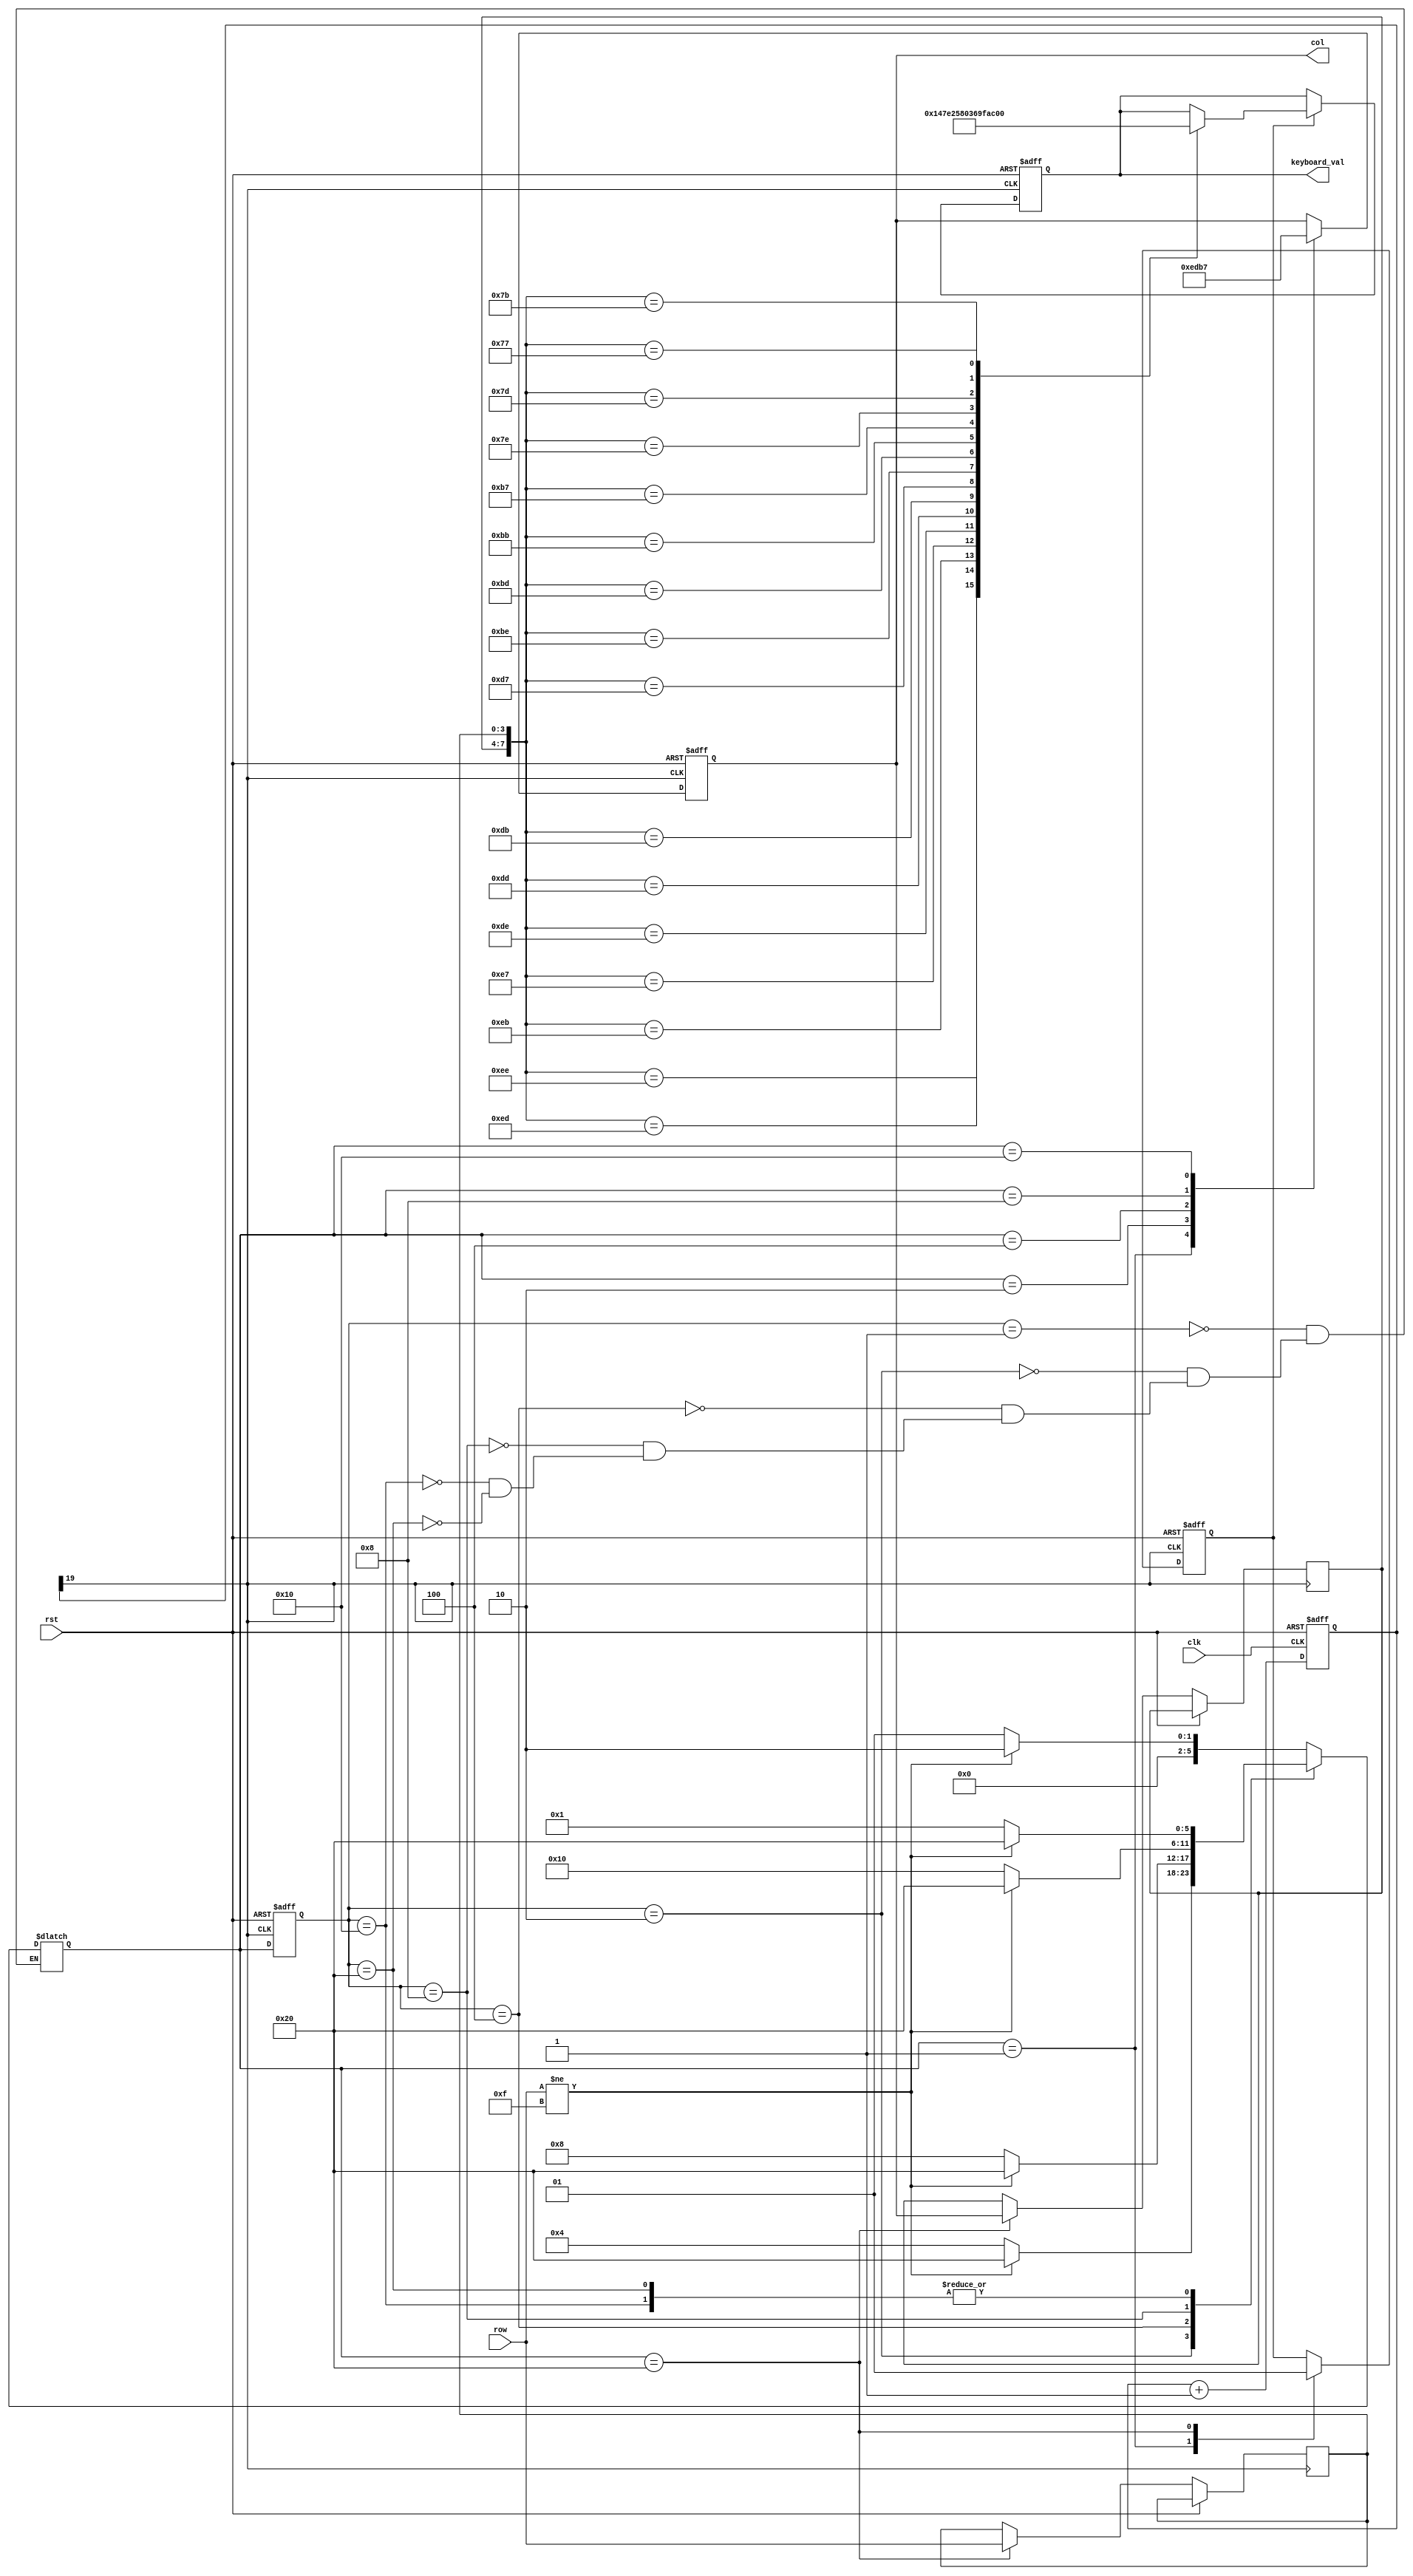
module key_top(
  input           clk,
  input           rst,
  input      [3:0] row,                 // ������? ��
  output reg [3:0] col,                 // ������? ��
  output reg [3:0] keyboard_val
);
 
//++++++++++++++++++++++++++++++++++++++
// ��Ƶ���� ��ʼ
//++++++++++++++++++++++++++++++++++++++
reg [19:0] cnt;                         // ������
wire key_clk;
 
always @ (posedge clk or posedge rst)
  if (rst)
    cnt <= 0;
  else
    cnt <= cnt + 1'b1;
    
assign key_clk = cnt[19];                // (2^20/50M = 21)ms 
//--------------------------------------
// ��Ƶ���� ����
//--------------------------------------
 
//++++++++++++++++++++++++++++++++++++++
// ״̬������ ��ʼ
//++++++++++++++++++++++++++++++++++++++
// ״̬�����٣���������?
parameter NO_KEY_PRESSED = 6'b000_001;  // û�а�������  
parameter SCAN_COL0      = 6'b000_010;  // ɨ��?0�� 
parameter SCAN_COL1      = 6'b000_100;  // ɨ��?1�� 
parameter SCAN_COL2      = 6'b001_000;  // ɨ��?2�� 
parameter SCAN_COL3      = 6'b010_000;  // ɨ��?3�� 
parameter KEY_PRESSED    = 6'b100_000;  // �а�������

reg [5:0] current_state, next_state;    // ��̬����̬
 
always @ (posedge key_clk or posedge rst)
  if (rst)
    current_state <= NO_KEY_PRESSED;
  else
    current_state <= next_state;
 
// ��������ת��״̬
always @ (*)
  case (current_state)
    NO_KEY_PRESSED :                    // û�а�������
        if (row != 4'hF)
          next_state = SCAN_COL0;
        else
          next_state = NO_KEY_PRESSED;
    SCAN_COL0 :                         // ɨ��?0�� 
        if (row != 4'hF)
          next_state = KEY_PRESSED;
        else
          next_state = SCAN_COL1;
    SCAN_COL1 :                         // ɨ��?1�� 
        if (row != 4'hF)
          next_state = KEY_PRESSED;
        else
          next_state = SCAN_COL2;    
    SCAN_COL2 :                         // ɨ��?2��
        if (row != 4'hF)
          next_state = KEY_PRESSED;
        else
          next_state = SCAN_COL3;
    SCAN_COL3 :                         // ɨ��?3��
        if (row != 4'hF)
          next_state = KEY_PRESSED;
        else
          next_state = NO_KEY_PRESSED;
    KEY_PRESSED :                       // �а�������
        if (row != 4'hF)
          next_state = KEY_PRESSED;
        else
          next_state = NO_KEY_PRESSED;                      
  endcase
 
reg       key_pressed_flag;             // ���̰��±�־
reg [3:0] col_val, row_val;             // ��ֵ����ֵ
 
// ���ݴ�̬������Ӧ�Ĵ�����ֵ
always @ (posedge key_clk or posedge rst)
  if (rst)
  begin
    col              <= 4'h0;
    key_pressed_flag <=    0;
  end
  else
    case (next_state)
      NO_KEY_PRESSED :                  // û�а�������
      begin
        col              <= 4'h0;
        key_pressed_flag <=    0;       // ����̰��±�?
      end
      SCAN_COL0 :                       // ɨ��?0��
        col <= 4'b1110;
      SCAN_COL1 :                       // ɨ��?1��
        col <= 4'b1101;
      SCAN_COL2 :                       // ɨ��?2��
        col <= 4'b1011;
      SCAN_COL3 :                       // ɨ��?3��
        col <= 4'b0111;
      KEY_PRESSED :                     // �а�������
      begin
        col_val          <= col;        // ������ֵ
        row_val          <= row;        // ������ֵ
        key_pressed_flag <= 1;          // �ü��̰��±�־  
      end
    endcase
//--------------------------------------
// ״̬������ ����
//--------------------------------------
 
 
//++++++++++++++++++++++++++++++++++++++
// ɨ������ֵ���� ��ʼ
//++++++++++++++++++++++++++++++++++++++
reg [3:0] keyboard_val;
always @ (posedge key_clk or posedge rst)
  if (rst)
    keyboard_val <= 4'h0;
  else
    if (key_pressed_flag)
      case ({col_val, row_val})
        8'b1110_1110 : keyboard_val <= 4'h1;
        8'b1110_1101 : keyboard_val <= 4'h4;
        8'b1110_1011 : keyboard_val <= 4'h7;
        8'b1110_0111 : keyboard_val <= 4'hE;
         
        8'b1101_1110 : keyboard_val <= 4'h2;
        8'b1101_1101 : keyboard_val <= 4'h5;
        8'b1101_1011 : keyboard_val <= 4'h8;
        8'b1101_0111 : keyboard_val <= 4'h0;
         
        8'b1011_1110 : keyboard_val <= 4'h3;
        8'b1011_1101 : keyboard_val <= 4'h6;
        8'b1011_1011 : keyboard_val <= 4'h9;
        8'b1011_0111 : keyboard_val <= 4'hF;
         
        8'b0111_1110 : keyboard_val <= 4'hA; 
        8'b0111_1101 : keyboard_val <= 4'hB;
        8'b0111_1011 : keyboard_val <= 4'hC;
        8'b0111_0111 : keyboard_val <= 4'hD;        
      endcase
//--------------------------------------
//  ɨ������ֵ���� ����
//--------------------------------------

//--------------------------------------
//  �����������?
//--------------------------------------
// assign seg_an = ~8'b11111111;
// always @ (keyboard_val)
//      begin 
//      case (keyboard_val)
//          4'h0: seg_out = 8'b01000000; // 0
//          4'h1: seg_out = 8'b01111001; // 1
//          4'h2: seg_out = 8'b00100100; // 2
//          4'h3: seg_out = 8'b00110000; // 3
//          4'h4: seg_out = 8'b00011001; // 4
//          4'h5: seg_out = 8'b00010010; // 5
//          4'h6: seg_out = 8'b00000010; // 6
//          4'h7: seg_out = 8'b01111000; // 7
//          4'h8: seg_out = 8'b00000000; // 8
//          4'h9: seg_out = 8'b00010000; // 9
//          4'ha: seg_out = 8'b00001000; // A
//          4'hb: seg_out = 8'b00000011; // b
//          4'hc: seg_out = 8'b01000110; // c
//          4'hd: seg_out = 8'b00100001; // d
//          4'he: seg_out = 8'b00000110; // E
//          4'hf: seg_out = 8'b00001110; // F
//          default: seg_out = 8'b0000000;
//      endcase
//      end    
//     vio_0 your_instance_name (
//  .clk(clk),                // input wire clk
//  .probe_out0(seg_out)  // output wire [7 : 0] probe_out0
//);
endmodule